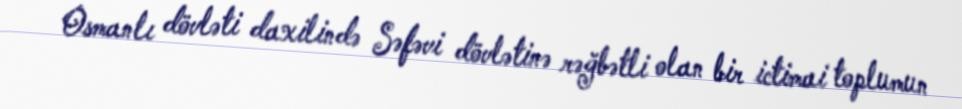
Osmanlı dövləti daxilində Səfəvi dövlətinə rəğbətli olan bir ictimai toplumun